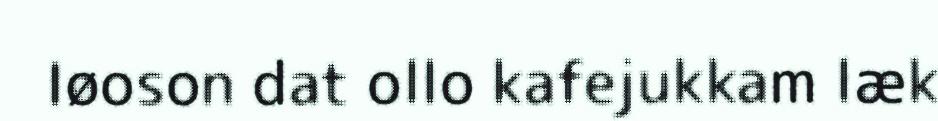
Iøoson dat ollo kafejukkam læk